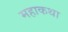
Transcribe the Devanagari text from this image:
महाकथा